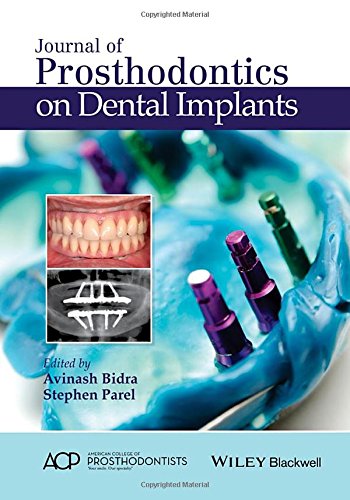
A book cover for Journal of Prosthodontics on Dental Implants; Stephen M. Parel; Medical Books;